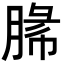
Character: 𦜼